Indian journal of veterinary science and animal husbandry - Volume 3,
Year: 1933
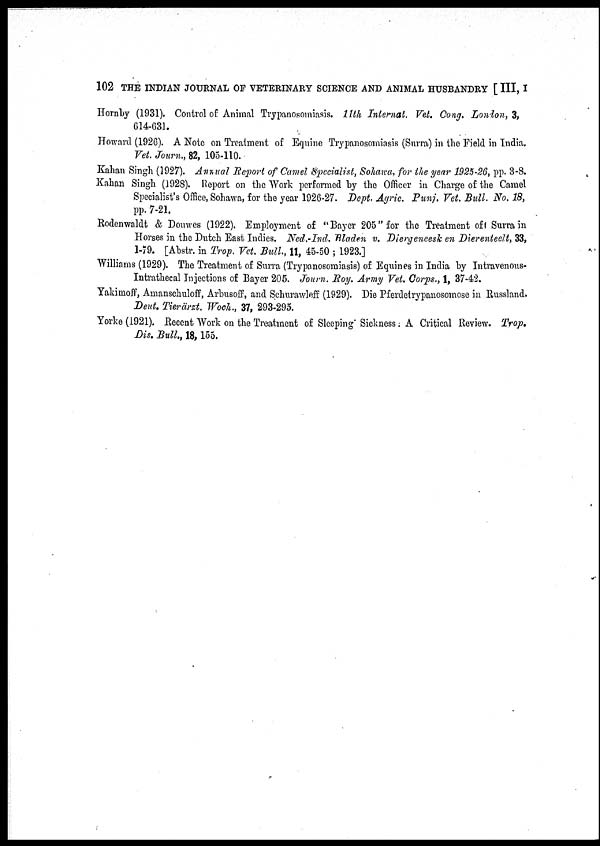
102 THE INDIAN JOURNAL OF VETERINARY SCIENCE AND ANIMAL HUSBANDRY [ III, I
Hornby (1931). Control of Animal Trypanosomiasis. 11th Internat. Vet. Cong. London, 3,
614-631.
Howard (1926). A Note on Treatment of Equine Trypanosomiasis (Surra) in the Field in India.
Vet. Journ., 82, 105-110.
Kahan Singh (1927). Annual Report of Camel Specialist, Sohawa, for the year 1925-26, pp. 3-8.
Kahan Singh (1928). Report on the Work performed by the Officer in Charge of the Camel
Specialist's Office, Sohawa, for the year 1926-27. Dept. Agric. Punj. Vet. Bull. No. 18,
pp. 7-21.
Rodenwaldt & Douwes (1922). Employment of "Bayer 205" for the Treatment of Surra in
Horses in the Dutch East Indies. Ned.-Ind. Bladen v. Diergeneesk en Dierenteelt, 33,
1-79. [Abstr. in Trop. Vet. Bull., 11, 45-50 ; 1923.]
Williams (1929). The Treatment of Surra (Trypanosomiasis) of Equines in India by Intravenous-
Intrathecal Injections of Bayer 205. Journ. Roy. Army Vet. Corps., 1, 37-42.
Yakimoff, Amanschuloff, Arbusoff, and Schurawleff (1929). Die Pferdetrypanosomose in Russland.
Dent. Tierärzt. Woch., 37, 293-295.
Yorke (1921). Recent Work on the Treatment of Sleeping Sickness: A Critical Review. Trop.
Dis. Bull., 18,155.